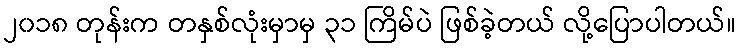
၂၀၁၈ တုန်းက တနှစ်လုံးမှာမှ ၃၁ ကြိမ်ပဲ ဖြစ်ခဲ့တယ် လို့ပြောပါတယ်။